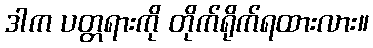
ဒါက ပတ္တရားကို တိုက်ရိုက်ရထားလား။